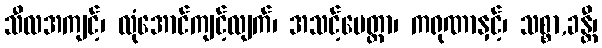
သီလအကျင့်၊ လုံအောင်ကျင့်လျက်၊ အသင့်မေတ္တာ၊ ကရုဏာနှင့်၊ သစ္စာ,ခန္တီ၊